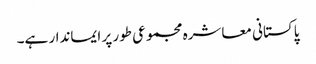
پاکستانی معاشرہ مجموعی طور پر ایماندار ہے۔